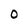
Character: 0